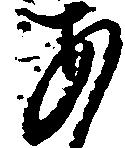
あ